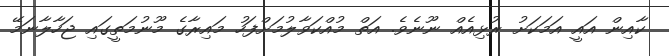
ކާއިން އައީ އަމަކަށު ރުޅިއެއް ނޫނެވެ. އަތް މުއްކަވާލުމަށްފަހު މައިރާގެ މޫނުމަތީގައި ޖަހާލާނަމޭ